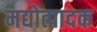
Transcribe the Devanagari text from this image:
मद्योत्पादक